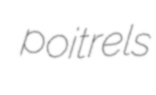
poitrels